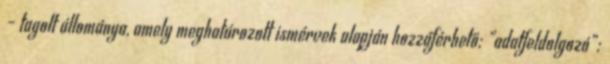
– tagolt állománya, amely meghatározott ismérvek alapján hozzáférhető; „adatfeldolgozó”: